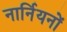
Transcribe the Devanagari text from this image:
नार्नियनों